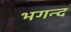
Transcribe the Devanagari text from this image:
भगन्द